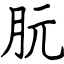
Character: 朊